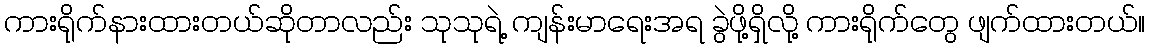
ကားရိုက်နားထားတယ်ဆိုတာလည်း သုသုရဲ့ ကျန်းမာရေးအရ ခွဲဖို့ရှိလို့ ကားရိုက်တွေ ဖျက်ထားတယ်။